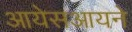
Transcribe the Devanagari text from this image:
आयेसआयने